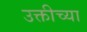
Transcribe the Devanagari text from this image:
उक्तीच्या